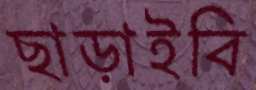
ছাড়াইবি